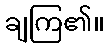
ချကြ၏။